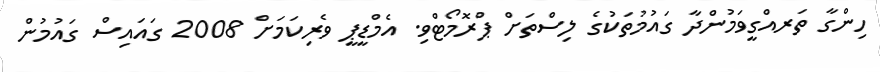
ހިންގާ ތަރއްގީވަމުންދާ ގައުމުތަކުގެ ލިސްތަށް ޕްރޮމޯޓްވި. އެމްޑީޕީ ވެރިކަމަށް 2008 ގައައިސް ގައުމުން